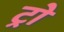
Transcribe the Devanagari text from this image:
ट्रो